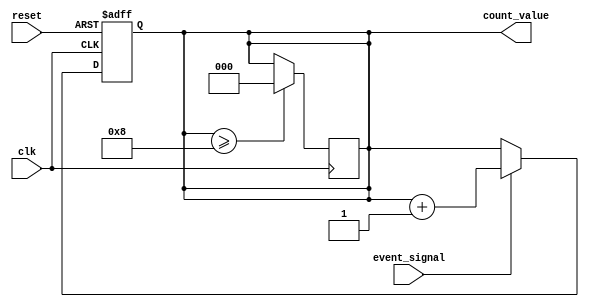
module MemoryBlocksWindowedCounter #(
    parameter WINDOW_SIZE = 8,   // Configurable window size
    parameter COUNT_WIDTH = $clog2(WINDOW_SIZE) // Bit width for count value
)(
    input wire clk,               // Clock input
    input wire reset,             // Reset input (active high)
    input wire event_signal,      // Event occurrence signal
    output reg [COUNT_WIDTH-1:0] count_value // Current count value
);

    // Internal register to keep track of current count
    reg [COUNT_WIDTH-1:0] event_counter;
    reg [COUNT_WIDTH-1:0] event_buffer [0:WINDOW_SIZE-1]; // Event buffer
    integer i;

    // Process block for counting events
    always @(posedge clk or posedge reset) begin
        if (reset) begin
            // Reset the counter and buffer on reset signal
            count_value <= 0;
            event_counter <= 0;
            for (i = 0; i < WINDOW_SIZE; i = i + 1) begin
                event_buffer[i] <= 0;
            end
        end else begin
            if (event_signal) begin
                // Check if the window is full
                if (event_counter < WINDOW_SIZE) begin
                    // Increment count if the window is not full
                    event_buffer[event_counter] <= 1; // Mark the new event
                    count_value <= count_value + 1;
                    event_counter <= event_counter + 1;
                end else begin
                    // Window is full: remove the oldest event and add the new one
                    count_value <= count_value + 1; // Increment count
                    // Shift events in the buffer
                    for (i = 1; i < WINDOW_SIZE; i = i + 1) begin
                        event_buffer[i-1] <= event_buffer[i];
                    end
                    event_buffer[WINDOW_SIZE-1] <= 1; // Add new event at the end
                end
            end
        end
    end

    // Output count value should not exceed the maximum based on window size
    always @(posedge clk) begin
        if (count_value >= WINDOW_SIZE) begin
            count_value <= WINDOW_SIZE; // Saturate at the maximum count value
        end
    end
endmodule